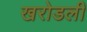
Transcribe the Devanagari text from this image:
खरोडली